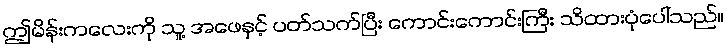
ဤမိန်းကလေးကို သူ့ အဖေနှင့် ပတ်သက်ပြီး ကောင်းကောင်းကြီး သိထားပုံပေါ်သည်။